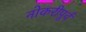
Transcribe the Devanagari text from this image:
नोकरीपूर्व